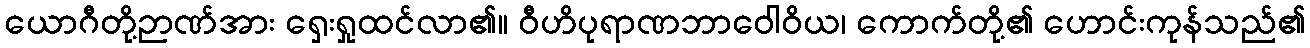
ယောဂီတို့ဉာဏ်အား ရှေးရှုထင်လာ၏။ ဝီဟိပုရာဏဘာဝေါဝိယ၊ ကောက်တို့၏ ဟောင်းကုန်သည်၏